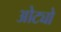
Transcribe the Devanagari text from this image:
ओट्यो